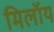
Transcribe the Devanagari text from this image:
मिलॉय